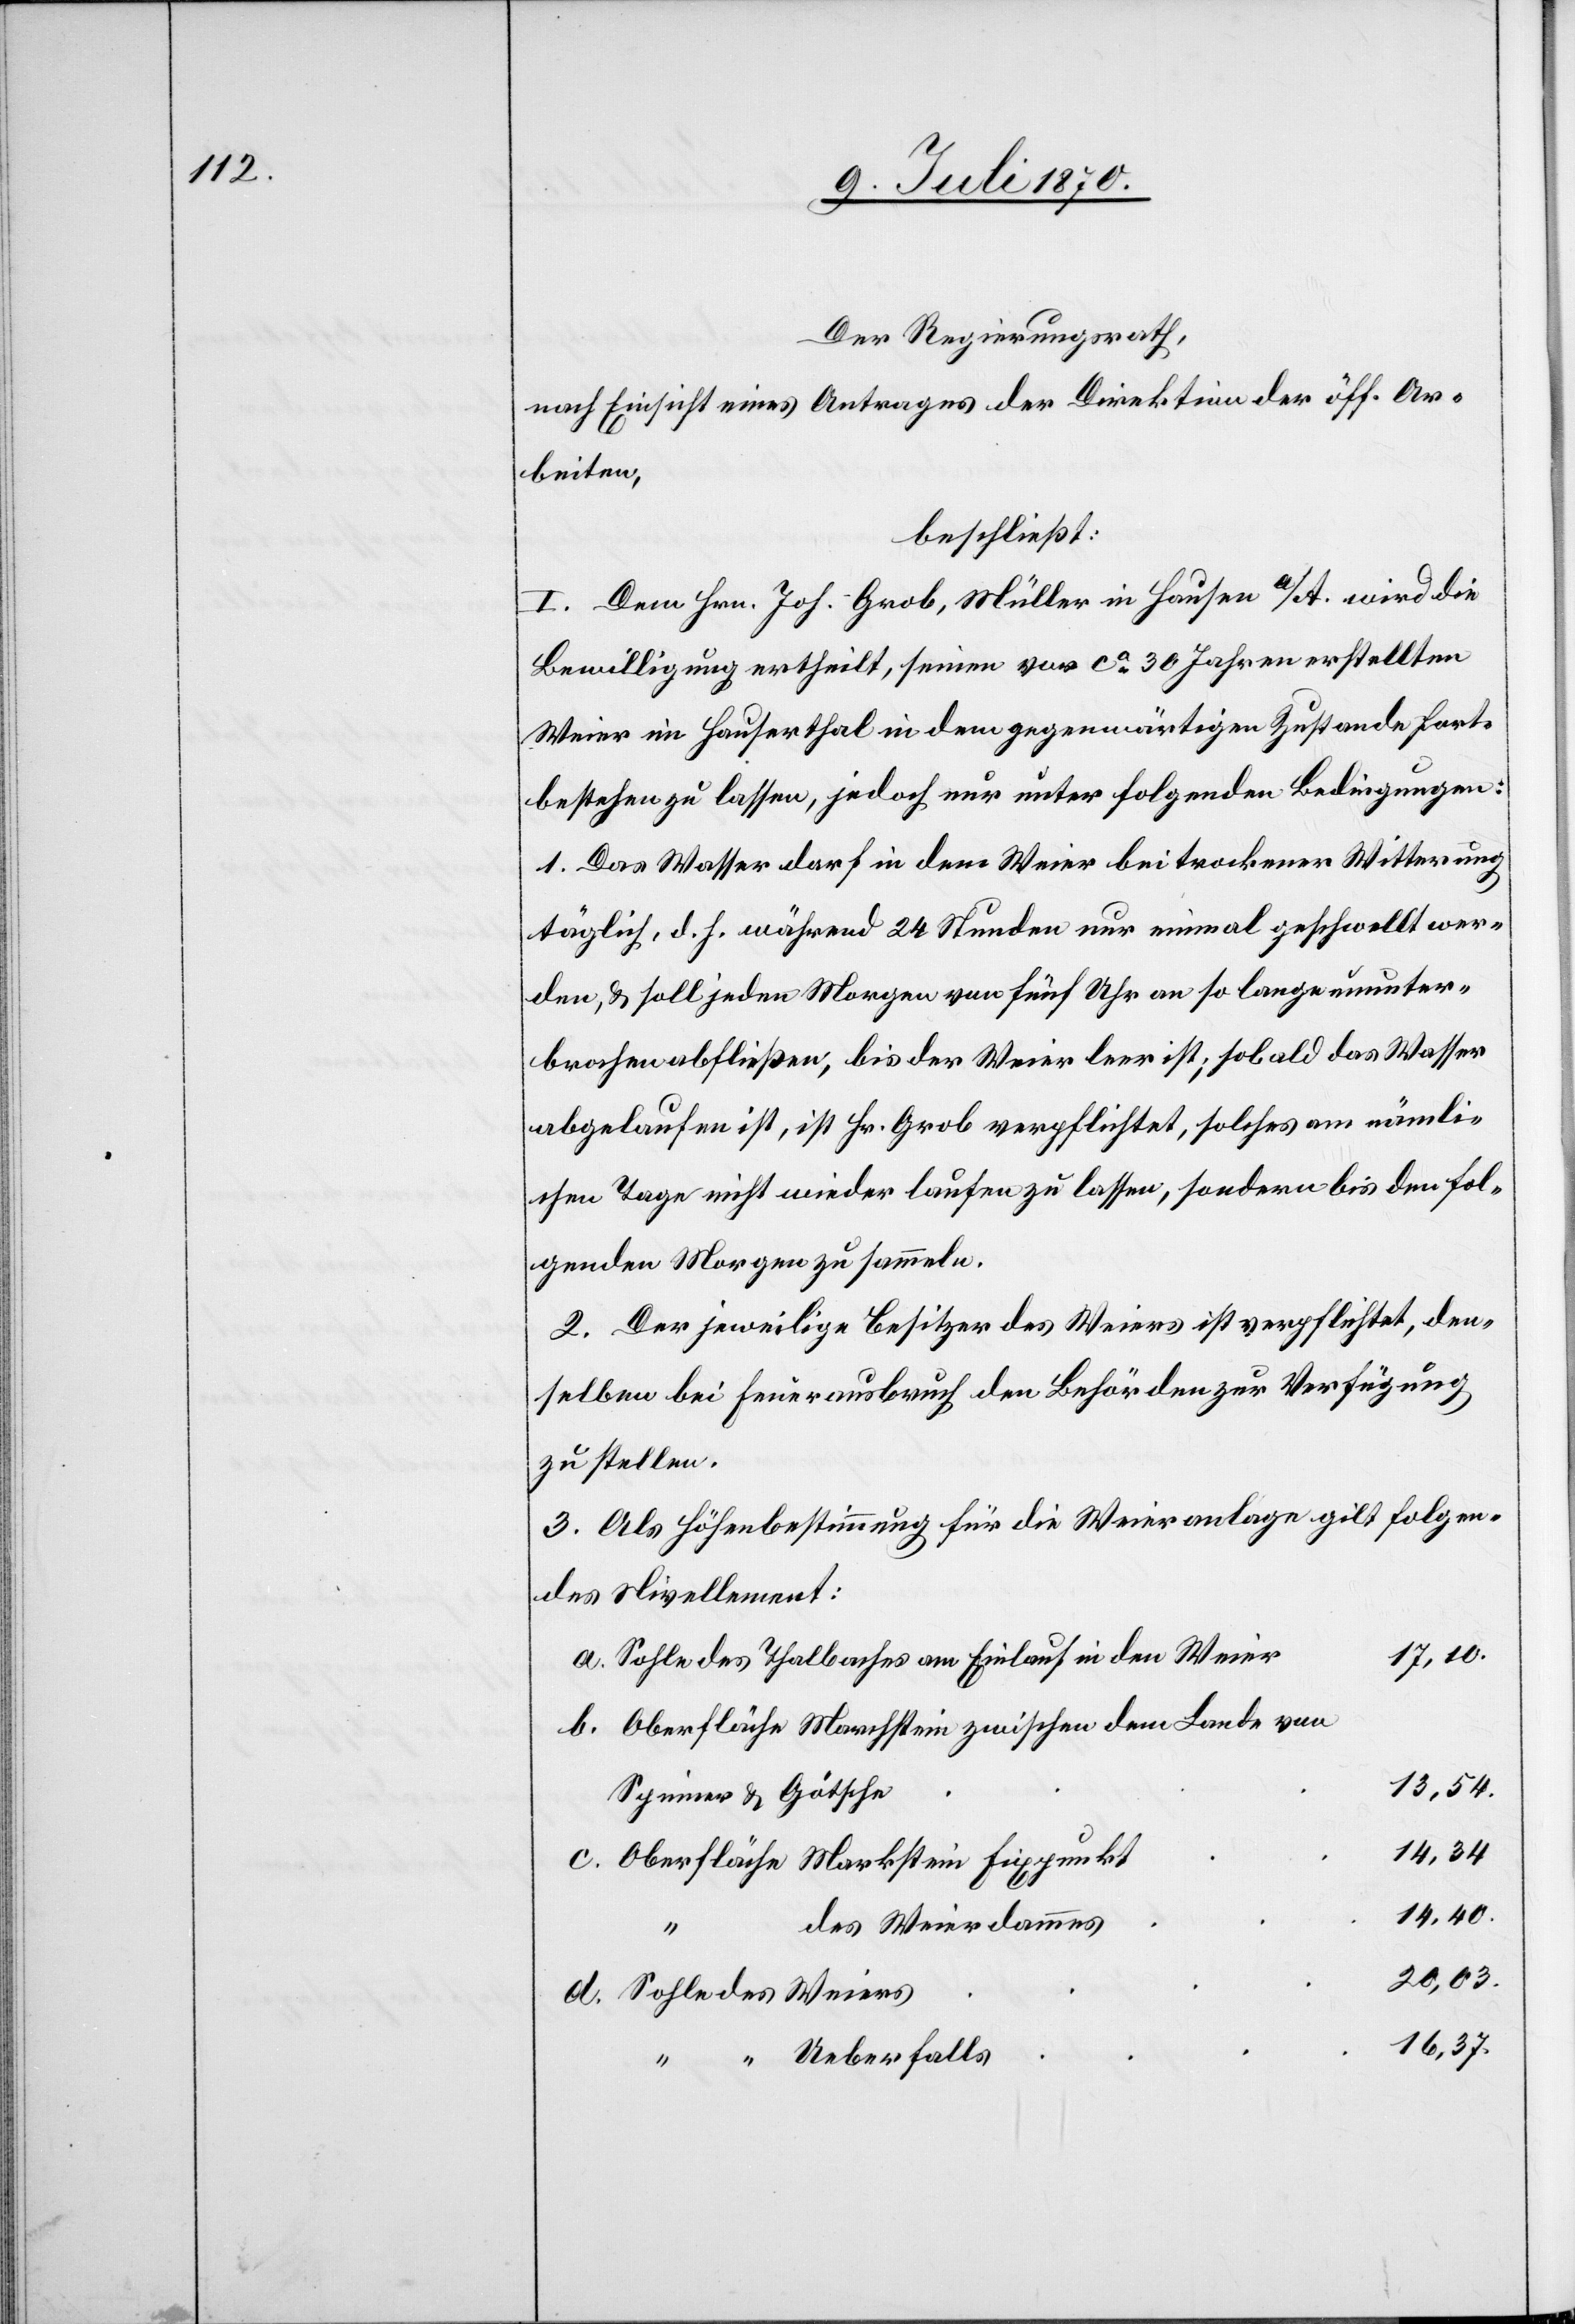
Der Regierungsrath,
nach Einsicht eines Antrages der Direktion der öff. Ar¬
beiten,
beschließt:
I. Dem Hrn. Joh. Grob, Müller in Hausen a/A. wird die
Bewilligung ertheilt, seinen vor ca 30 Jahren erstellten
Weier im Hauserthal in dem gegenwärtigen Zustande fort¬
bestehen zu lassen, jedoch nur unter folgenden Bedingungen:
1. Das Wasser darf in den Weier bei trockener Witterung
täglich, d. h. während 24 Stunden nur einmal geschwellt wer¬
den, & soll jeden Morgen von fünf Uhr an so lange ununter¬
brochen abfließen, bis der Weier leer ist; sobald das Wasser
abgelaufen ist, ist Hr. Grob verpflichtet, solches am nämli¬
chen Tage nicht wieder laufen zu lassen, sondern bis den fol¬
genden Morgen zu sammeln.
2. Der jeweilige Besitzer des Weiers ist verpflichtet, den¬
selben bei Feuerausbruch den Behörden zur Verfügung
zu stellen.
3. Als Höhenbestimmung für die Weieranlage gilt folgen¬
des Nivellement:
17,10.
Sohle des Thalbaches am Einlauf in den Weier
Oberfläche Marchstein zwischen dem Lande von
13,54.
Spinner & Götsche
14,34
Oberfläche Markstein Fixpunkt
14,40.
des Weierdammes
20,03.
Sohle des Weiers
16,37.
“ “ Ueberfalls